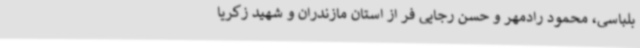
بلباسی، محمود رادمهر و حسن رجایی فر از استان مازندران و شهید زکریا